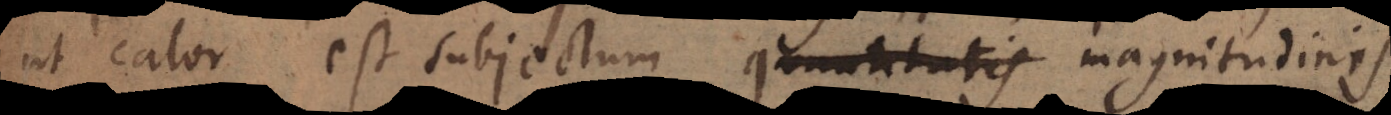
ut calor est subjectum quantitatis magnitudinis.